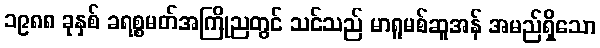
၁၉၈၈ ခုနှစ် ခရစ္စမတ်အကြိုညတွင် သင်သည် မာရူမစ်ဆူအန် အမည်ရှိသော